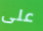
على